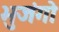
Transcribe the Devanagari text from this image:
भुजंगो